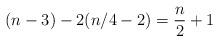
LaTeX: \begin{align*}(n-3)- 2(n/4-2) = \frac{n}{2} +1\end{align*}